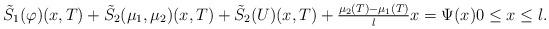
LaTeX: \begin{align*} \tilde{S}_{1}(\varphi)(x, T) + \tilde{S}_{2}(\mu_{1}, \mu_{2})(x, T) + \tilde{S}_{2}(U)(x, T) + \tfrac{\mu_{2}(T) - \mu_{1}(T)}{l} x = \Psi(x) 0 \leq x \leq l. \end{align*}